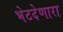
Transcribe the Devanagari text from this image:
भेटदेणारा